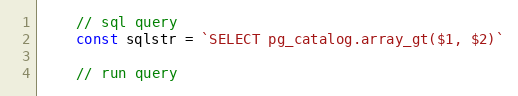
Language: Go
	// sql query
	const sqlstr = `SELECT pg_catalog.array_gt($1, $2)`

	// run query